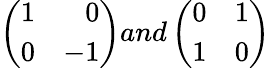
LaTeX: \left(\begin{array}{lr}{{1}}&{{0}}\\ {{0}}&{{-1}}\end{array}\right)and\left(\begin{array}{lr}{{0}}&{{1}}\\ {{1}}&{{0}}\end{array}\right)